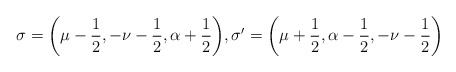
\begin{align*}\sigma=\bigg(\mu-\frac{1}{2}, -\nu-\frac{1}{2}, \alpha+\frac{1}{2}\bigg),\sigma'=\bigg(\mu+\frac{1}{2}, \alpha-\frac{1}{2}, -\nu-\frac{1}{2}\bigg)\end{align*}